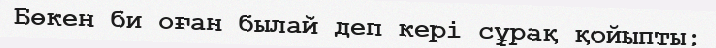
Бөкен би оған былай деп кері сұрақ қойыпты: